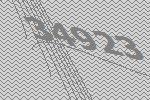
34923